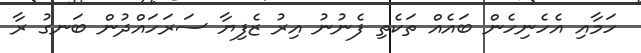
ހަމާއި އެހެނިހެން ބައެއް ތަކެތި ފެނުނު އިރު ޒެފިޔާ ސަރަހައްދުން ބަނގު ރާ